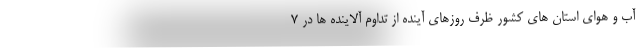
آب و هوای استان های کشور ظرف روزهای آینده از تداوم آلاینده ها در 7